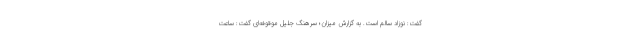
گفت: نوزاد سالم است. به گزارش میزان؛ سرهنگ جلیل موقوفه‌ای گفت: ساعت